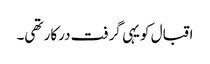
اقبال کویہی گرفت درکار تھی۔